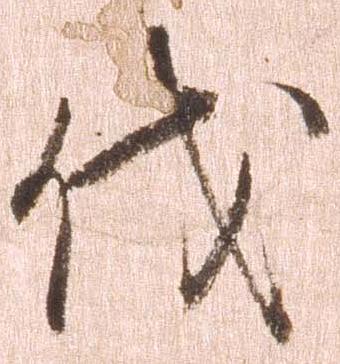
伐